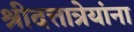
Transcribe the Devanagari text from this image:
श्रीदत्तात्रेयांना